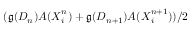
( \mathfrak { g } ( D _ { n } ) \ensuremath { \boldsymbol { A } } ( \ensuremath { \boldsymbol { X } } _ { i } ^ { n } ) + \mathfrak { g } ( D _ { n + 1 } ) \ensuremath { \boldsymbol { A } } ( \ensuremath { \boldsymbol { X } } _ { i } ^ { n + 1 } ) ) / 2